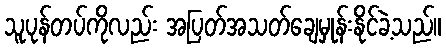
သူပုန်တပ်ကိုလည်း အပြတ်အသတ်ချေမှုန်းနိုင်ခဲ့သည်။